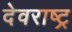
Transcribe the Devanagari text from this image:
देवराष्ट्र